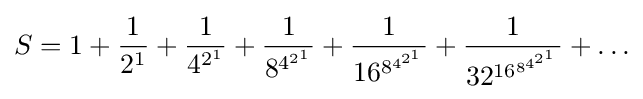
S=1+{\frac {1}{2^{1}}}+{\frac {1}{4^{2^{1}}}}+{\frac {1}{8^{4^{2^{1}}}}}+{\frac {1}{16^{8^{4^{2^{1}}}}}}+{\frac {1}{32^{16^{8^{4^{2^{1}}}}}}}+\ldots